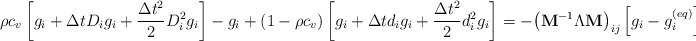
\begin{align*}\rho c_v\left[g_i+ \Delta t D_ig_i+\frac{\Delta t^2}{2}D_i^2g_i \right] -g_i +(1-\rho c_v)\left[g_i+\Delta td_i g_i +\frac{\Delta t^2}{2}d_i^2g_i \right]=- {\left( {{{\bf{M}}^{ - 1}}\Lambda {\bf{M}}} \right)_{ij}} \left[{g_i - g_i^{(eq)}} \right] +\Delta t {\bar F_i}+\vartheta \Delta t {S_i},\end{align*}